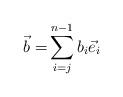
LaTeX: \begin{align*}\vec{b} =& \sum_{i=j}^{n-1} b_i \vec{e}_i \end{align*}